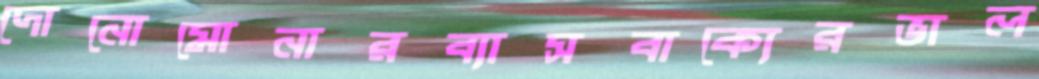
দোনোমোনারব্যাসবাক্যেরভাল